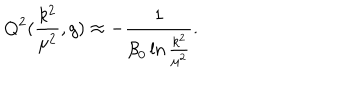
Q ^ { 2 } ( \frac { k ^ { 2 } } { { \mu } ^ { 2 } } , g ) \approx - \frac { 1 } { { \beta } _ { 0 } \ln { \frac { k ^ { 2 } } { { \mu } ^ { 2 } } } } .